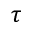
\tau